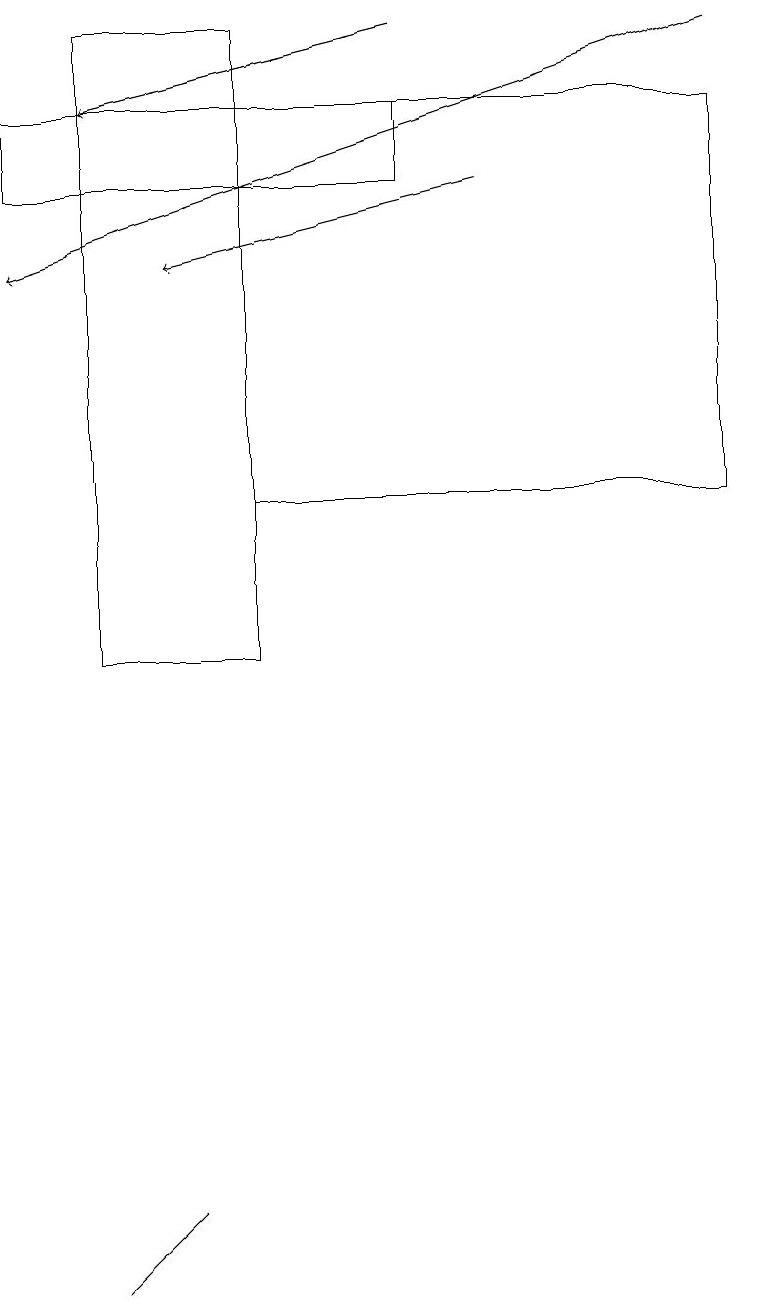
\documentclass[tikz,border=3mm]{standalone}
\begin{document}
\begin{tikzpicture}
\draw[->] (9,19) -- (0,16);
\draw (3,18) rectangle (9,13);
\draw (1,3) -- (2,4) -- (1,3) -- cycle;
\draw (5,17) rectangle (0,18);
\draw[->] (5,19) -- (1,18);
\draw (3,11) rectangle (1,19);
\draw[->] (6,17) -- (2,16);
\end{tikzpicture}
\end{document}